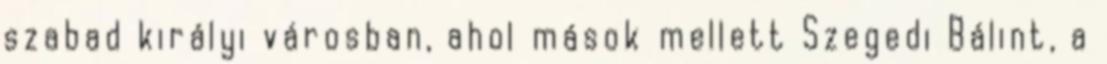
szabad királyi városban, ahol mások mellett Szegedi Bálint, a